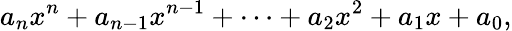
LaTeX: a_{n}x^{n}+a_{n-1}x^{n-1}+\dotsb+a_{2}x^{2}+a_{1}x+a_{0},